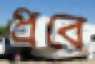
প্রবে